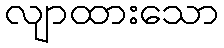
လျာထားသော